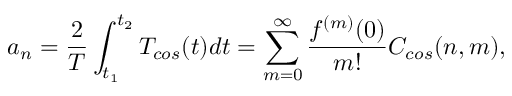
a _ { n } = \frac { 2 } { T } \int _ { t _ { 1 } } ^ { t _ { 2 } } T _ { c o s } ( t ) d t = \sum _ { m = 0 } ^ { \infty } \frac { f ^ { ( m ) } ( 0 ) } { m ! } C _ { c o s } ( n , m ) ,